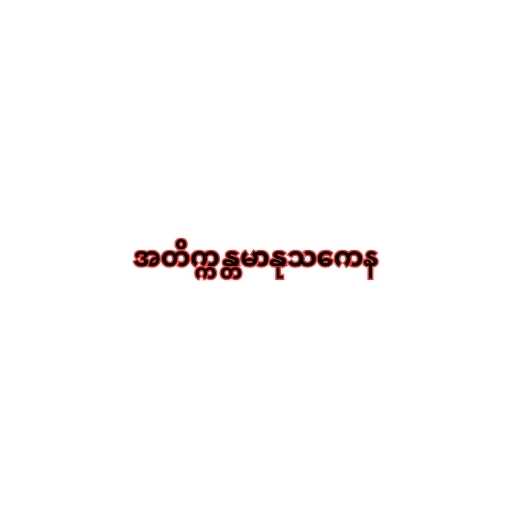
အတိက္ကန္တမာနုသကေန